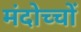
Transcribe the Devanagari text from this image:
मंदोच्चों